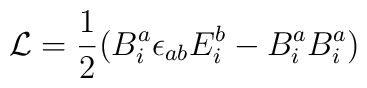
{\cal L} = \frac{1}{2}( B^a_i\epsilon_{ab} E^b_i - B^a_i B^a_i)